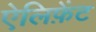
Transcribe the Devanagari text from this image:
ऐलिफ़ेंट